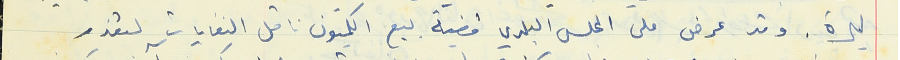
ليرة. وقد عرض على المجلس البلدي قضية بيع الكميون ناقل النفايات لتعذر